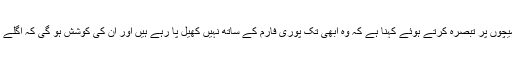
ندال کا پہلے اور دوسرے راؤنڈ کے میچوں پر تبصرہ کرتے ہوئے کہنا ہے کہ وہ ابھی تک پوری فارم کے ساتھ نہیں کھیل پا رہے ہیں اور ان کی کوشش ہو گی کہ اگلے میچ میں وہ پوری قوت سے حصہ لیں۔